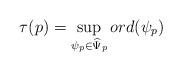
LaTeX: \begin{align*}\tau(p)=\sup_{\psi_p\in\widehat\Psi_p}ord(\psi_p)\end{align*}